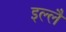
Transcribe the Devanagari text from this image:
इल्लै